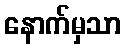
နောက်မှသာ